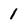
Character: 1